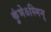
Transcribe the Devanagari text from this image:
कुंभेऽस्मिन्